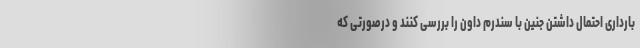
بارداری احتمال داشتن جنین با سندرم داون را بررسی کنند و درصورتی که